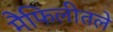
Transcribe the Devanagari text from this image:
मैफिलीतले